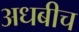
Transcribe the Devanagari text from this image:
अधबीच